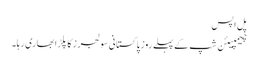
پل اپس
چیمپیئن شپ کے پہلے روز پاکستانی سولجرز کا پلڑا بھاری رہا۔